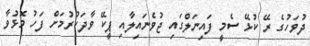
ދުވަހުގެ ރޭ ކުޅޭ ސެމީ ފައިނަލްގައި ޖުވެނައިލާއި ޕީކޭ ވާދަކުރުމަށް ފަހު މޮޅުވާ